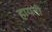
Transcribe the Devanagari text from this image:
हायनी